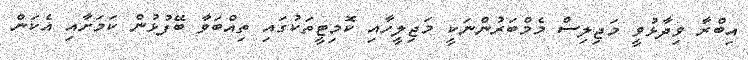
އިބްރާ ވިދާޅުވީ މަޖިލިސް މެމްބަރުންނަކީ މަޖިލީހާއި ކޮމިޓީތަކުގައި ތިއްބަވާ ބޭފުޅުން ކަމަށާއި އެކަން